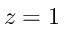
z = 1